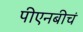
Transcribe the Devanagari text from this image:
पीएनबीचं